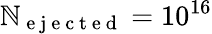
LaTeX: \mathbb{N}_{\mathrm{{~e~j~e~c~t~e~d~}}}=10^{16}